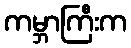
ကမ္ဘာကြီးက